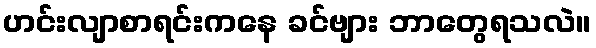
ဟင်းလျာစာရင်းကနေ ခင်ဗျား ဘာတွေရသလဲ။